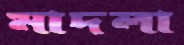
মাদলা